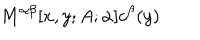
LaTeX: M ^ { \alpha \beta } [ x , y ; A ; \alpha ] c ^ { \beta } ( y )